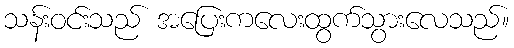
သန်းဝင်းသည် အပြေးကလေးထွက်သွားလေသည်။